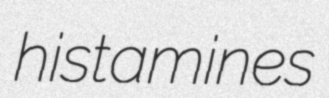
histamines